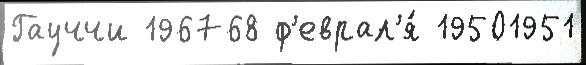
Гауччи 196768 ф'еврал'я́ 19501951